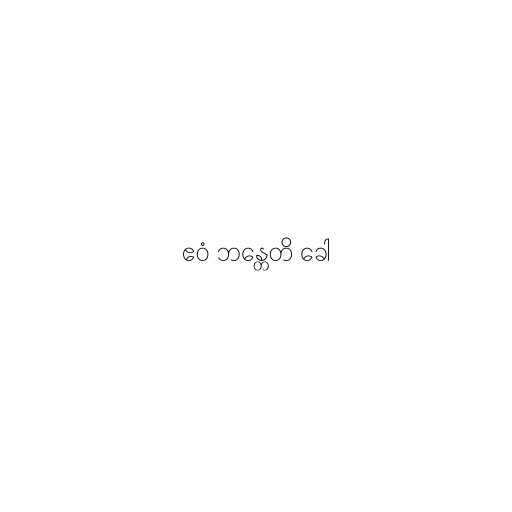
ဧဝံ ဘန္တေတိ ခေါ